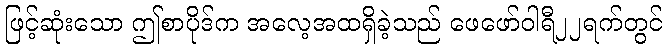
ဖြင့်ဆုံးသော ဤစာပိုဒ်က အလေ့အထရှိခဲ့သည် ဖေဖော်ဝါရီ၂၂ရက်တွင်